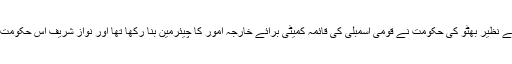
یہ وہ زمانہ تھا جب مولانا فضل الرحمٰن کو محترمہ بے نظیر بھٹو کی حکومت نے قومی اسمبلی کی قائمہ کمیٹی برائے خارجہ امور کا چیئرمین بنا رکھا تھا اور نواز شریف اس حکومت کے خلاف تحریک نجات چلانے میں مصروف تھے۔